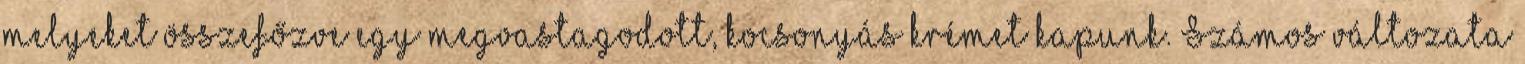
melyeket összefőzve egy megvastagodott, kocsonyás krémet kapunk. Számos változata